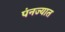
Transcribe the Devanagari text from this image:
पंनज्यात